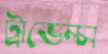
ট্রাভেল্স